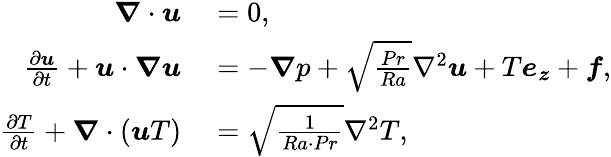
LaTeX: \begin{array}{rl}{\boldsymbol{\nabla}\cdot\boldsymbol{u}}&{{}=0,}\\ {\frac{\partial\boldsymbol{u}}{\partial t}+\boldsymbol{u}\cdot\boldsymbol{\nabla u}}&{{}=-\boldsymbol{\nabla}p+\sqrt{\frac{Pr}{Ra}}\nabla^{2}\boldsymbol{u}+T\boldsymbol{e_{z}}+\boldsymbol{f},}\\ {\frac{\partial T}{\partial t}+\boldsymbol{\nabla}\cdot(\boldsymbol{u}T)}&{{}=\sqrt{\frac{1}{Ra\cdot Pr}}\nabla^{2}T,}\end{array}